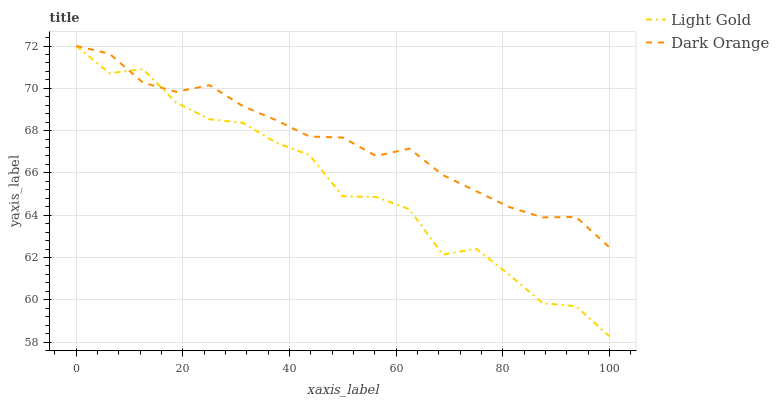
| xaxis_label | Light Gold | Dark Orange |
 | --- | --- | --- |
 | 0 | 72 | 72 |
 | 6.25 | 70.7 | 71.6 |
 | 12.5 | 70.9 | 70.3 |
 | 18.8 | 69.3 | 69.8 |
 | 25 | 68.5 | 70.1 |
 | 31.2 | 68.4 | 69.2 |
 | 37.5 | 67.4 | 68.5 |
 | 43.8 | 66.8 | 67.7 |
 | 50 | 64.9 | 67.7 |
 | 56.2 | 64.9 | 66.8 |
 | 62.5 | 64.3 | 67.1 |
 | 68.8 | 62.1 | 65.9 |
 | 75 | 62.4 | 65.1 |
 | 81.2 | 61.2 | 64.4 |
 | 87.5 | 59.8 | 63.9 |
 | 93.8 | 59.7 | 63.9 |
 | 100 | 58.3 | 62.5 |